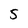
Character: 5